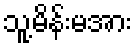
သူ့မိန်းမအား